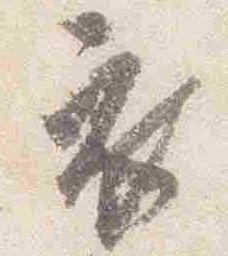
衣